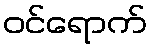
ဝင်ရောက်